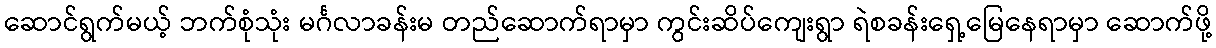
ဆောင်ရွက်မယ့် ဘက်စုံသုံး မင်္ဂလာခန်းမ တည်ဆောက်ရာမှာ ကွင်းဆိပ်ကျေးရွာ ရဲစခန်းရှေ့မြေနေရာမှာ ဆောက်ဖို့